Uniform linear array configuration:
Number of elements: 48
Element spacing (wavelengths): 0.25
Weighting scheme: binomial
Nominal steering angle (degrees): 15
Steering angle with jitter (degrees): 16.739
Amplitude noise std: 0.05
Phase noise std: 0.05

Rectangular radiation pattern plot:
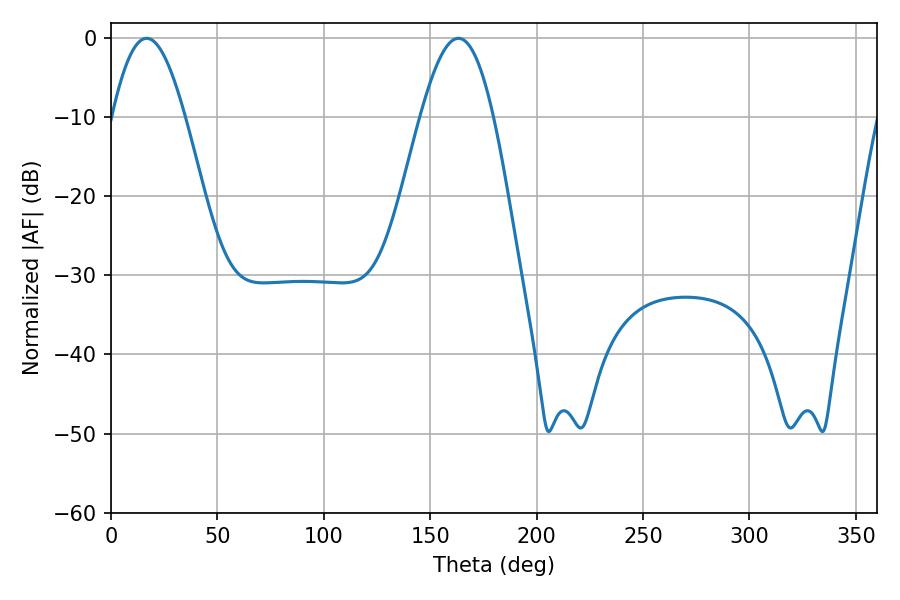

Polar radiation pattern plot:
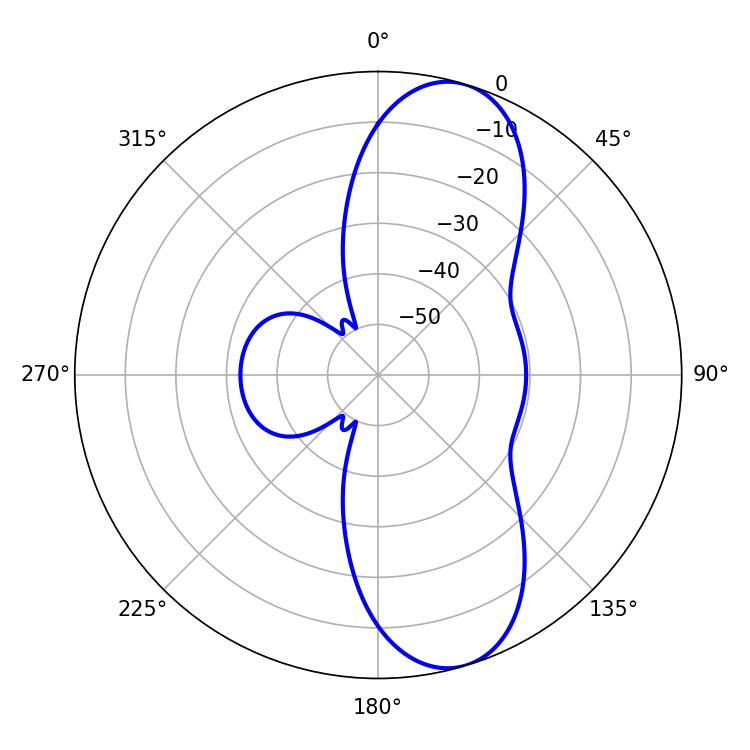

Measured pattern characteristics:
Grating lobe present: FALSE
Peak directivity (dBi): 9.826
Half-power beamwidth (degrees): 18.54
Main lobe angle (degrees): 16.74